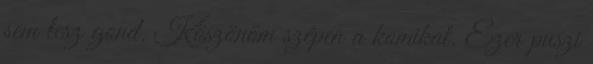
sem lesz gond. Köszönöm szépen a komikat. Ezer puszi